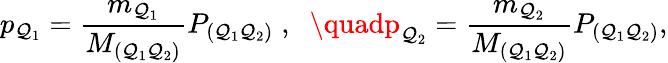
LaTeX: p_{\mathcal{Q}_{1}}=\frac{{m_{\mathcal{Q}_{1}}}}{{M_{(\mathcal{Q}_{1}\mathcal{Q}_{2})}}}P_{(\mathcal{Q}_{1}\mathcal{Q}_{2})}\; ,\; \; \quadp_{\mathcal{Q}_{2}}=\frac{{m_{\mathcal{Q}_{2}}}}{{M_{(\mathcal{Q}_{1}\mathcal{Q}_{2})}}}P_{(\mathcal{Q}_{1}\mathcal{Q}_{2})},